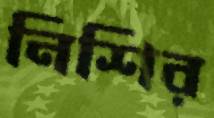
নিশির